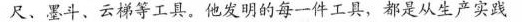
尺、墨斗、云梯等工具。他发明的每一件工具，都是从生产实践